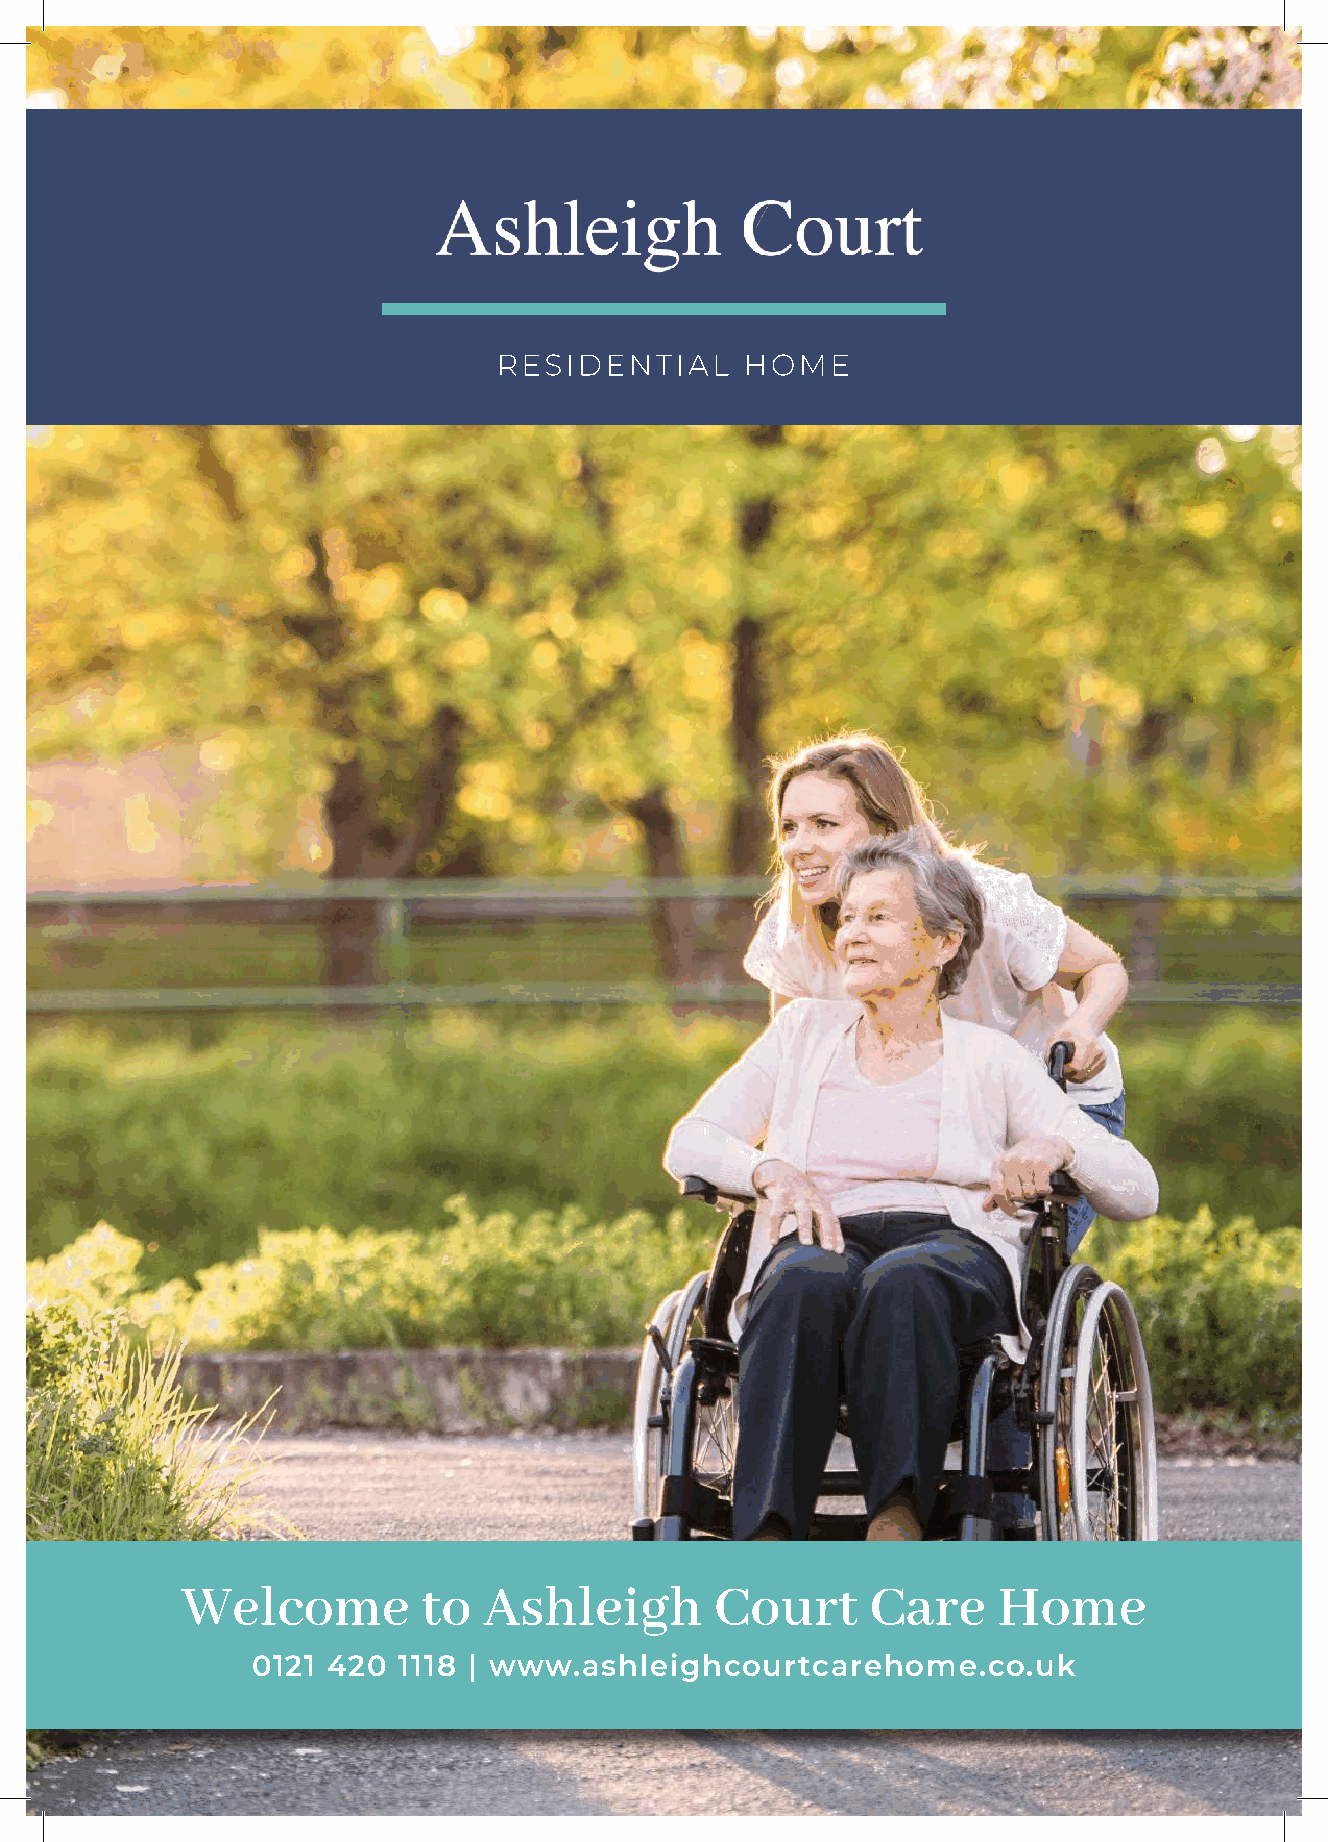
Welcome         to  Ashleigh       Court      Care    Home
 0121 420 1118 | www.ashleighcourtcarehome.co.uk